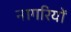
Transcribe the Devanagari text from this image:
नागरियों